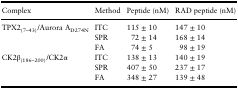
| Complex | Method | Peptide (nM) | RAD peptide (nM) |
 | --- | --- | --- | --- |
 | <ROWSPAN=3> TPX2(7–43)/Aurora AD274N | ITC | 115 ± 10 | 147 ± 10 |
 | SPR | 72 ± 14 | 168 ± 14 |
 | FA | 74 ± 5 | 98 ± 19 |
 | <ROWSPAN=3> CK2β(186–200)/CK2α | ITC | 138 ± 13 | 140 ± 19 |
 | SPR | 407 ± 50 | 237 ± 17 |
 | FA | 348 ± 27 | 139 ± 48 |